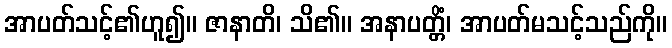
အာပတ်သင့်၏ဟူ၍။ ဇာနာတိ၊ သိ၏။ အနာပတ္တိံ၊ အာပတ်မသင့်သည်ကို။